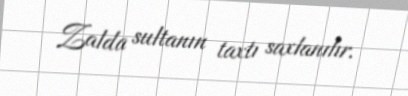
Zalda sultanın taxtı saxlanılır.